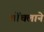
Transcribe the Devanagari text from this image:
चोंचलाने